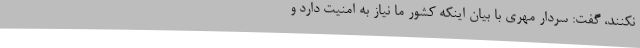
نکنند، گفت: سردار مهری با بیان اینکه کشور ما نیاز به امنیت دارد و